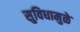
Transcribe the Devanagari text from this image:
सुविधामुळे